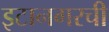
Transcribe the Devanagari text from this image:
इटानगरची